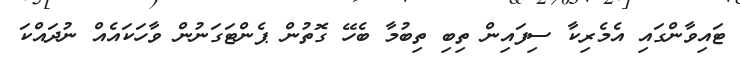
ޓައިވާންގައި އެމެރިކާ ސިފައިން ތިބި ތިބުމާ ބެހޭ ގޮތުން ޕެންޓަގަނުން ވާހަކައެއް ނުދައްކަ